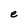
Character: e